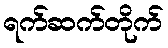
ရက်ဆက်တိုက်